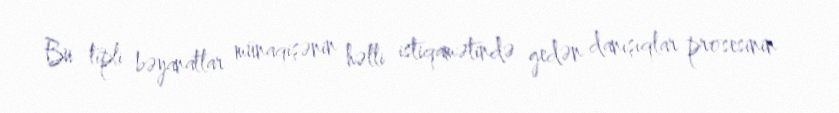
Bu tipli bəyanatlar münaqişənin həlli istiqamətində gedən danışıqlar prosesinin